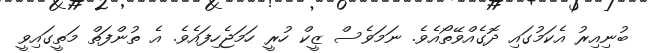
ބުނިއިރު އެކަމުގައި ދޮގެއްވޭތޯއެވެ. ނަމަވެސް ޒީކް ހުރީ ހަމަޖެހިފައެވެ. އެ ތުންފަތް މަތީގައިވީ